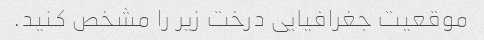
موقعیت جغرافیایی درخت زیر را مشخص کنید.